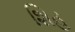
શિહ